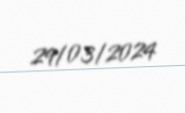
29/03/2024